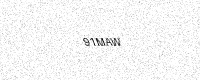
Text: 91MAW